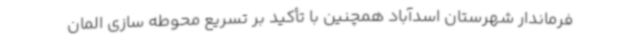
فرماندار شهرستان اسدآباد همچنین با تأکید بر تسریع محوطه سازی المان